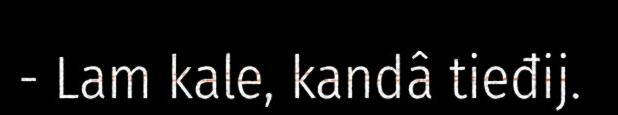
- Lam kale, kandâ tieđij.